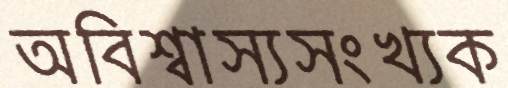
অবিশ্বাস্যসংখ্যক